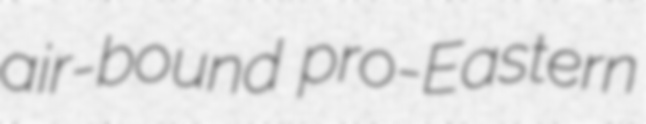
air-bound pro-Eastern